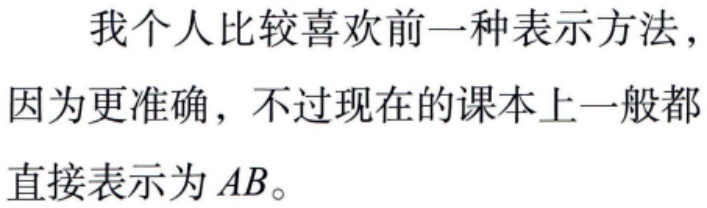
我个人比较喜欢前一种表示方法，因为更准确，不过现在的课本上一般都直接表示为 \(AB\)。